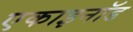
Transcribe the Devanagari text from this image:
एकाइनॉड